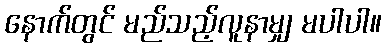
နောက်တွင် မည်သည့်လူနာမျှ မပါပါ။